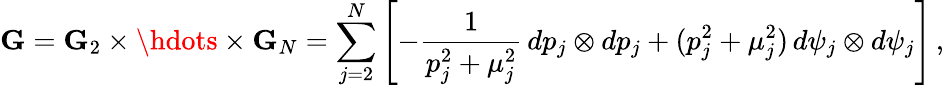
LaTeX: \mathbf{G}=\mathbf{G}_{2}\times\hdots\times\mathbf{G}_{N}=\sum_{j=2}^{N}\left[-\frac{1}{p_{j}^{2}+\mu_{j}^{2}}\, dp_{j}\otimes dp_{j}+(p_{j}^{2}+\mu_{j}^{2})\, d\psi_{j}\otimes d\psi_{j}\right]\, ,